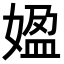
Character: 𡟚